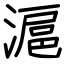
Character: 滬